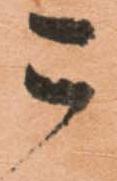
こ